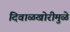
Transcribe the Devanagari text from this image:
दिवाळखोरीमुळे